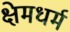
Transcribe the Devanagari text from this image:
क्षेमधर्म